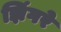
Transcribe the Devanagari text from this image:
झिंगरे